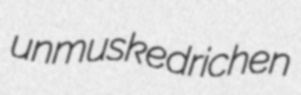
unmusked richen